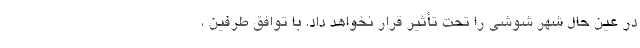
در عین حال شهر شوشی را تحت تأثیر قرار نخواهد داد. با توافق طرفین ،